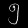
Digit: ၅